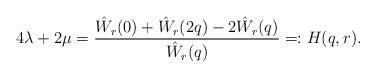
LaTeX: \begin{align*}4\lambda + 2\mu = \frac{\hat W_r(0) + \hat W_r(2q)-2\hat W_r(q)}{\hat W_r(q)} =: H(q,r).\end{align*}